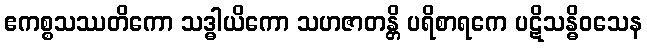
ဧကစ္စသဿတိကော သဒ္ဓါယိကော သဟဇာတန္တိ ပရိစာရကေ ပဋိသန္ဓိဝသေန